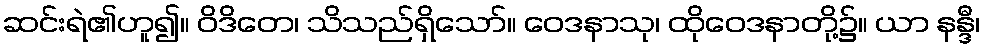
ဆင်းရဲ၏ဟူ၍။ ဝိဒိတေ၊ သိသည်ရှိသော်။ ဝေဒနာသု၊ ထိုဝေဒနာတို့၌။ ယာ နန္ဒီ၊